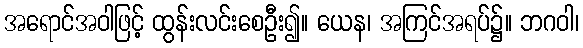
အရောင်အဝါဖြင့် ထွန်းလင်းစေဦး၍။ ယေန၊ အကြင်အရပ်၌။ ဘဂဝါ၊